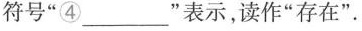
符号”④______”表示，读作”存在”.